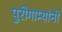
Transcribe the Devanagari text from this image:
पुरोगाम्यांनी